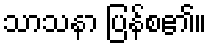
သာသနာ ပြန်စ၏။